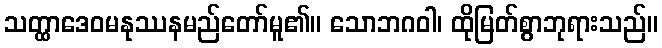
သတ္ထာဒေဝမနုဿနမည်တော်မူ၏။ သောဘဂဝါ၊ ထိုမြတ်စွာဘုရားသည်။